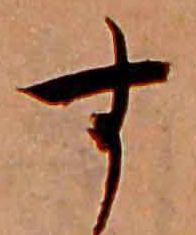
す